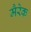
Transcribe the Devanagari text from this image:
मैरेक